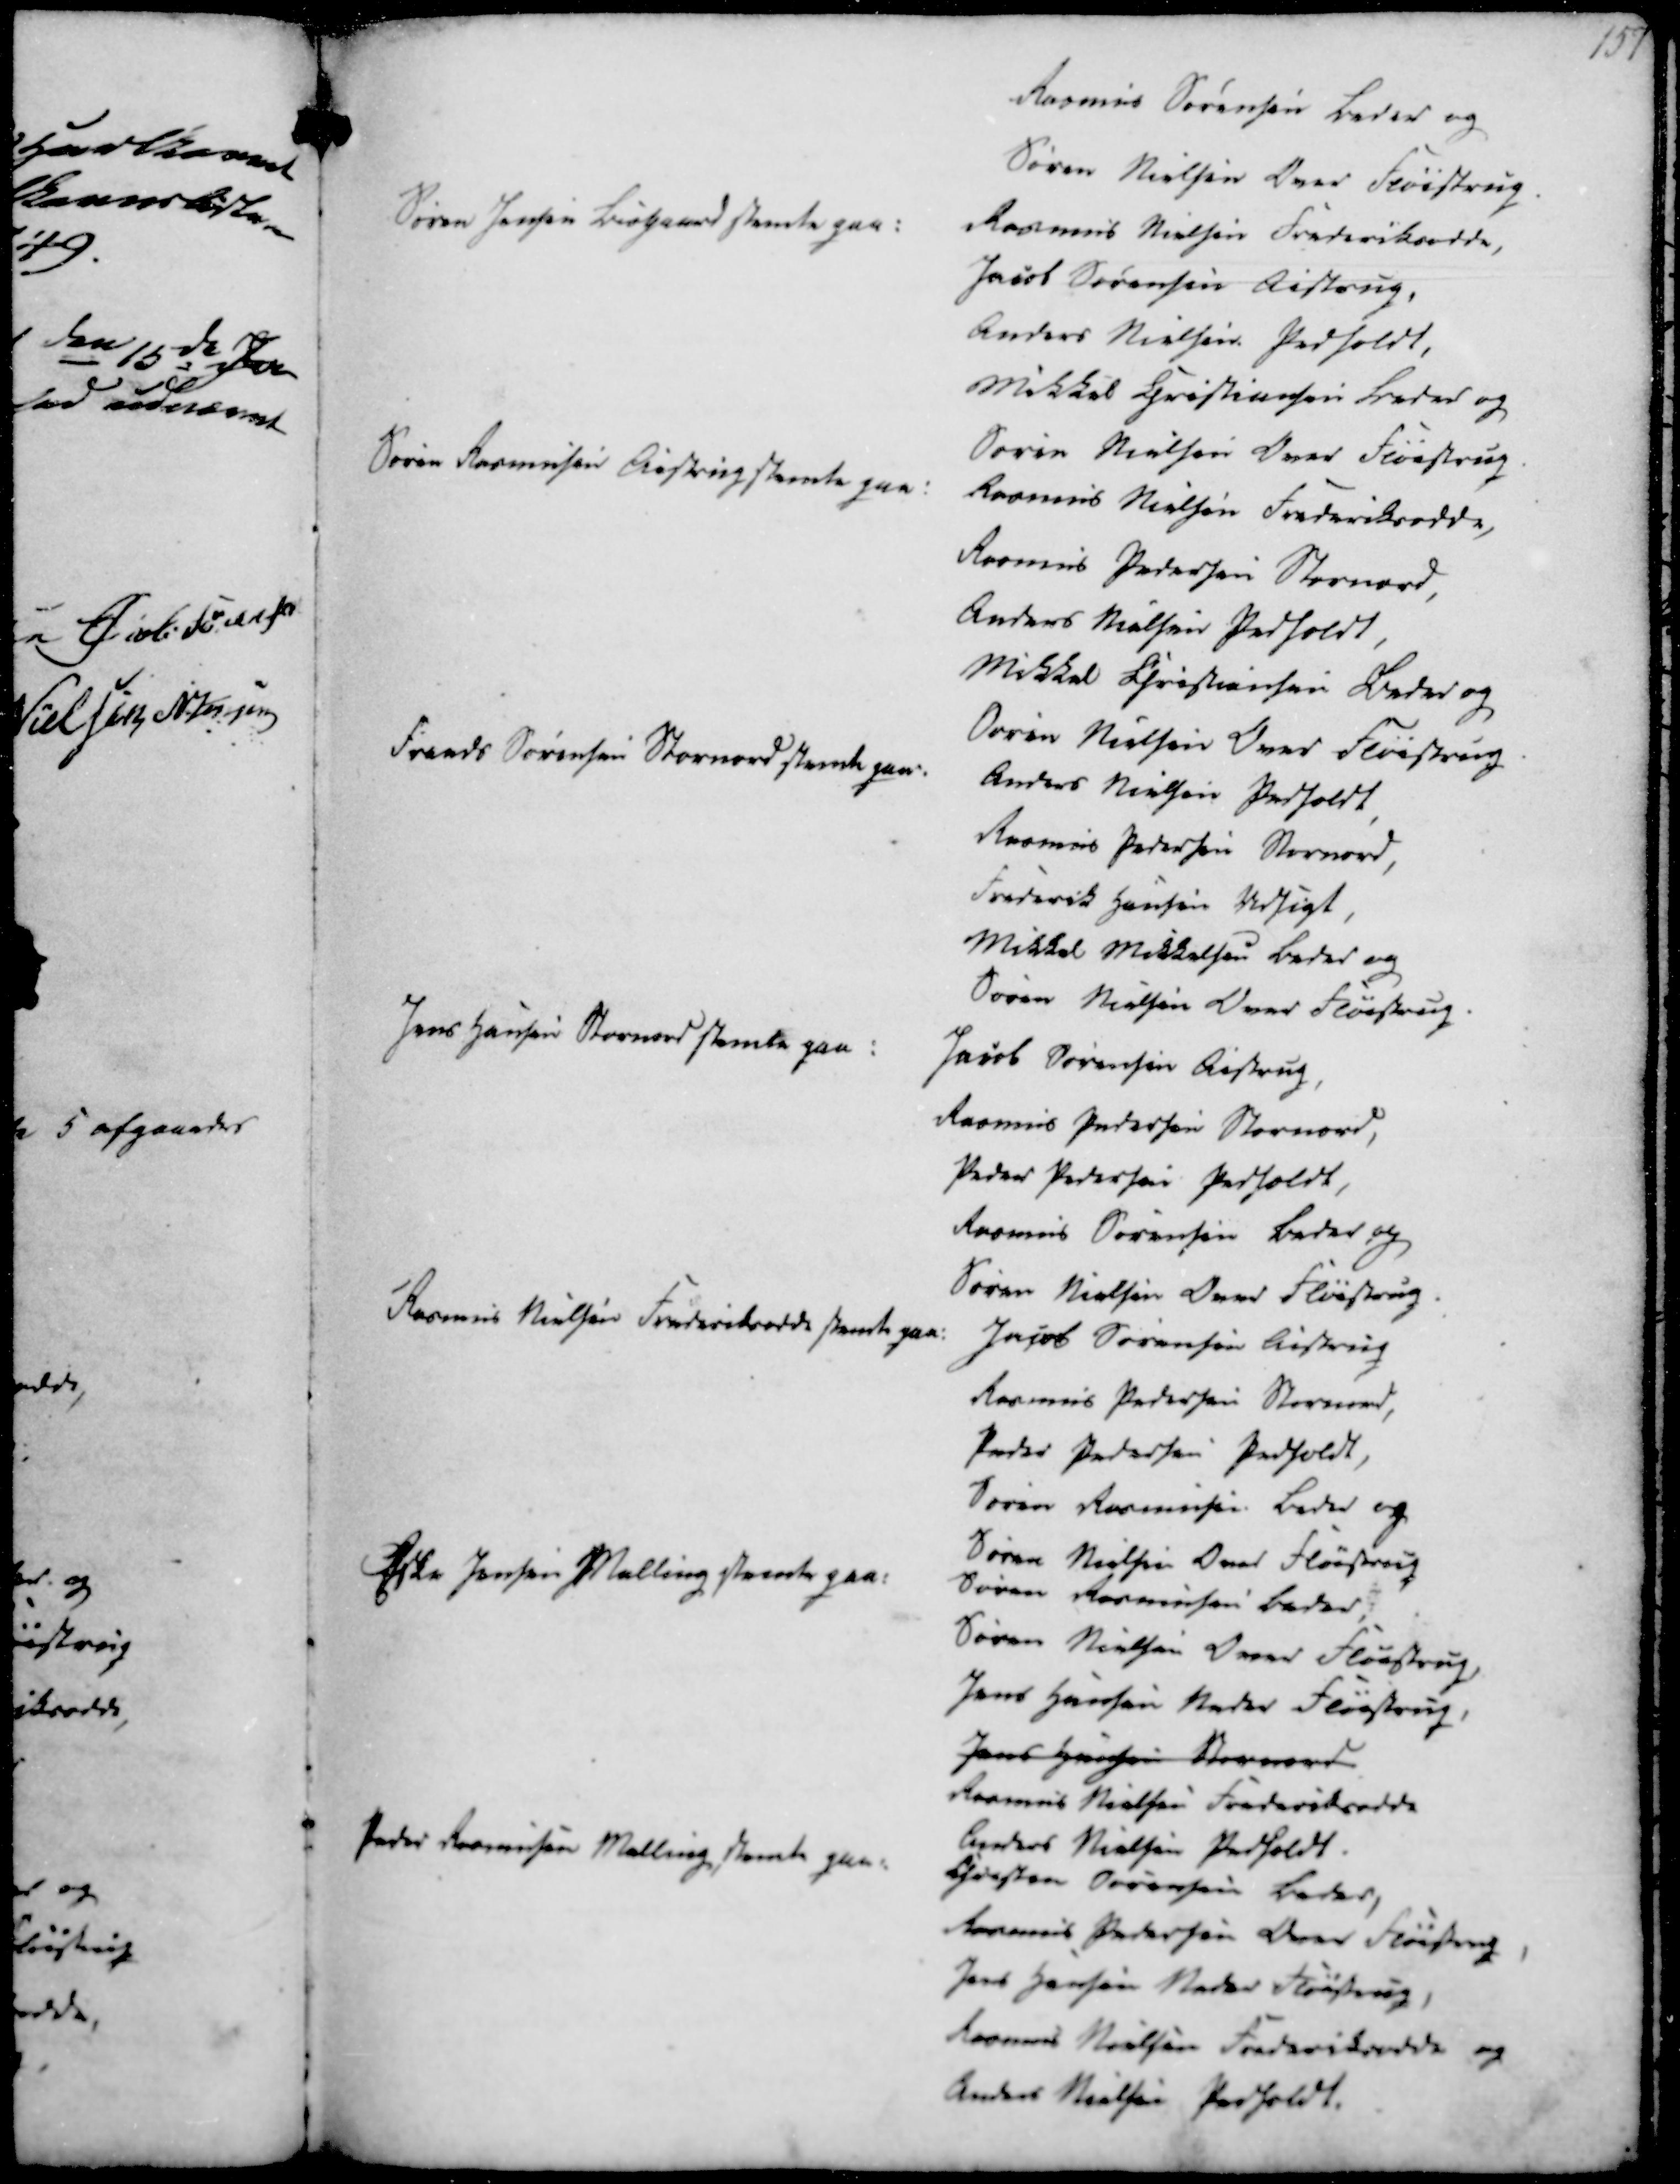
Transskription:
Rasmus Sørensen Beder og
Søren Nielsen Over Fløistrup

Søren Jensen Bisgaard stemte på:

Rasmus Nielsen Frederiksodde,
Jacob Sørensen Aistrup,
Anders Nielsen Pedholdt,
Mikkel Christiansen Beder og
Søren Nielsen Over Fløistrup

Søren Rasmussen Aistrup stemte paa:

Rasmus Nielsen Frederiksodde,
Rasmus Pedersen Stornord,
Anders Nielsen Pedholdt,
Mikkel Christiansen Beder og
Søren Nielsen Over Fløistrup

Frands Sørensen Stornord stemte paa:

Anders Nielsen Pedholdt,
Rasmus Pedersen Stornord,
Frederik Hansen Udsigt
Mikkel Mikkelsen Beder og
Søren Nielsen Over Fløistrup

Jens Hansen Stornord stemte paa

Jacob Sørensen Aistrup,
Rasmus Pedersen Stornord,
Peder Pedersen Pedholdt,
Rasmus Sørensen Beder og
Søren Nielsen Over Fløistrup

Rasmus Nielsen Frederiksodde stemte paa:

Jacob Sørensen Aistrup
Rasmus Pedersen Stornord,
Peder Pedersen Pedholdt,
Søren Rasmussen Beder og
Søren Nielsen Over Fløistrup

Eske Jensen Malling stemte paa:

Søren Rasmussen Beder,
Søren Nielsen Over Fløistrup,
Jens Hansen Neder Fløistrup,
Jens Hansen Stornord
Rasmus Nielsen Frederiksodde
Anders Nielsen Pedholdt.

Peder Rasmussen Malling stemte paa:

Christen Sørensen Beder,
Rasmus Pedersen Over Fløistrup
Jens Hansen Neder Fløistrup,
Rasmus Nielsen Frederiksodde og
Anders Nielsen Pedholdt.